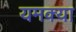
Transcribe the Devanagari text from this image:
यमक्या